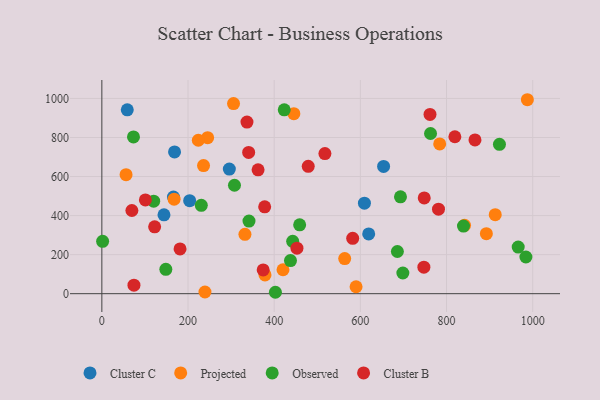
{"axis": {"x": "Study Hours", "y": "Exam Score"}, "legend": ["Cluster B", "Cluster C", "Observed", "Projected"], "data": [{"x": "653.9", "y": 652.0, "type": "Cluster C"}, {"x": "295.9", "y": 638.3, "type": "Cluster C"}, {"x": "166.2", "y": 494.7, "type": "Cluster C"}, {"x": "59.0", "y": 941.8, "type": "Cluster C"}, {"x": "609.4", "y": 463.7, "type": "Cluster C"}, {"x": "619.3", "y": 306.1, "type": "Cluster C"}, {"x": "203.8", "y": 476.6, "type": "Cluster C"}, {"x": "168.7", "y": 726.1, "type": "Cluster C"}, {"x": "144.2", "y": 404.0, "type": "Cluster C"}, {"x": "167.7", "y": 483.9, "type": "Projected"}, {"x": "892.4", "y": 307.5, "type": "Projected"}, {"x": "245.5", "y": 798.8, "type": "Projected"}, {"x": "445.6", "y": 921.8, "type": "Projected"}, {"x": "239.3", "y": 8.6, "type": "Projected"}, {"x": "223.9", "y": 785.9, "type": "Projected"}, {"x": "590.0", "y": 35.4, "type": "Projected"}, {"x": "236.0", "y": 655.9, "type": "Projected"}, {"x": "841.7", "y": 349.9, "type": "Projected"}, {"x": "56.2", "y": 609.5, "type": "Projected"}, {"x": "913.0", "y": 404.8, "type": "Projected"}, {"x": "563.6", "y": 179.8, "type": "Projected"}, {"x": "332.1", "y": 304.0, "type": "Projected"}, {"x": "784.1", "y": 767.0, "type": "Projected"}, {"x": "987.6", "y": 993.4, "type": "Projected"}, {"x": "305.6", "y": 973.5, "type": "Projected"}, {"x": "378.7", "y": 96.0, "type": "Projected"}, {"x": "420.4", "y": 122.6, "type": "Projected"}, {"x": "966.3", "y": 238.8, "type": "Observed"}, {"x": "698.6", "y": 105.8, "type": "Observed"}, {"x": "230.8", "y": 452.4, "type": "Observed"}, {"x": "762.8", "y": 820.3, "type": "Observed"}, {"x": "307.8", "y": 555.4, "type": "Observed"}, {"x": "922.8", "y": 765.2, "type": "Observed"}, {"x": "984.2", "y": 187.9, "type": "Observed"}, {"x": "839.3", "y": 346.4, "type": "Observed"}, {"x": "1.8", "y": 268.3, "type": "Observed"}, {"x": "693.1", "y": 496.3, "type": "Observed"}, {"x": "402.8", "y": 7.2, "type": "Observed"}, {"x": "73.4", "y": 802.7, "type": "Observed"}, {"x": "341.5", "y": 371.7, "type": "Observed"}, {"x": "685.9", "y": 216.1, "type": "Observed"}, {"x": "423.3", "y": 941.7, "type": "Observed"}, {"x": "437.8", "y": 169.8, "type": "Observed"}, {"x": "442.9", "y": 268.2, "type": "Observed"}, {"x": "120.3", "y": 474.0, "type": "Observed"}, {"x": "459.1", "y": 352.9, "type": "Observed"}, {"x": "148.5", "y": 124.5, "type": "Observed"}, {"x": "452.8", "y": 233.1, "type": "Cluster B"}, {"x": "336.8", "y": 878.9, "type": "Cluster B"}, {"x": "374.4", "y": 121.6, "type": "Cluster B"}, {"x": "582.2", "y": 283.3, "type": "Cluster B"}, {"x": "69.7", "y": 426.0, "type": "Cluster B"}, {"x": "747.4", "y": 135.7, "type": "Cluster B"}, {"x": "479.0", "y": 652.1, "type": "Cluster B"}, {"x": "362.6", "y": 634.4, "type": "Cluster B"}, {"x": "866.0", "y": 787.5, "type": "Cluster B"}, {"x": "181.5", "y": 229.2, "type": "Cluster B"}, {"x": "101.0", "y": 480.2, "type": "Cluster B"}, {"x": "761.6", "y": 918.0, "type": "Cluster B"}, {"x": "517.7", "y": 717.5, "type": "Cluster B"}, {"x": "340.7", "y": 723.5, "type": "Cluster B"}, {"x": "377.9", "y": 444.7, "type": "Cluster B"}, {"x": "748.2", "y": 490.5, "type": "Cluster B"}, {"x": "781.3", "y": 432.9, "type": "Cluster B"}, {"x": "819.3", "y": 803.7, "type": "Cluster B"}, {"x": "74.5", "y": 43.7, "type": "Cluster B"}, {"x": "122.5", "y": 342.6, "type": "Cluster B"}]}